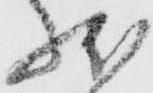
状